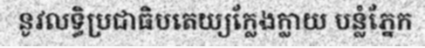
នូវលទ្ធិប្រជាធិបតេយ្យក្លែងក្លាយ បន្លំភ្នែក